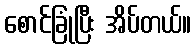
စောင်ခြုံပြီး အိပ်တယ်။